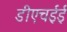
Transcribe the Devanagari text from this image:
डीएचईई